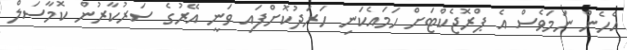
އެހެން ނަމަވެސް އެ ޕްރޮޖެކްޓަށް ހަމައެކަނި ހަރަދުކޮށްފައި ވަނީ އޭރުގެ ސަރުކާރުން ކޮމާސަލް